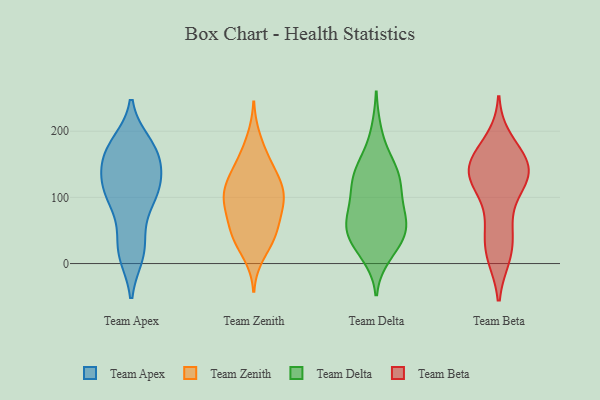
{"axis": {"x": "Population (Million)", "y": "Value"}, "legend": ["Team Apex", "Team Beta", "Team Delta", "Team Zenith"], "data": [{"x": "", "y": 17, "type": "Team Apex"}, {"x": "", "y": 172, "type": "Team Apex"}, {"x": "", "y": 126, "type": "Team Apex"}, {"x": "", "y": 159, "type": "Team Apex"}, {"x": "", "y": 139, "type": "Team Apex"}, {"x": "", "y": 116, "type": "Team Apex"}, {"x": "", "y": 22, "type": "Team Apex"}, {"x": "", "y": 156, "type": "Team Apex"}, {"x": "", "y": 101, "type": "Team Apex"}, {"x": "", "y": 67, "type": "Team Apex"}, {"x": "", "y": 117, "type": "Team Apex"}, {"x": "", "y": 180, "type": "Team Apex"}, {"x": "", "y": 181, "type": "Team Apex"}, {"x": "", "y": 23, "type": "Team Apex"}, {"x": "", "y": 95, "type": "Team Apex"}, {"x": "", "y": 14, "type": "Team Apex"}, {"x": "", "y": 104, "type": "Team Apex"}, {"x": "", "y": 162, "type": "Team Apex"}, {"x": "", "y": 174, "type": "Team Apex"}, {"x": "", "y": 111, "type": "Team Apex"}, {"x": "", "y": 84, "type": "Team Zenith"}, {"x": "", "y": 88, "type": "Team Zenith"}, {"x": "", "y": 56, "type": "Team Zenith"}, {"x": "", "y": 84, "type": "Team Zenith"}, {"x": "", "y": 37, "type": "Team Zenith"}, {"x": "", "y": 36, "type": "Team Zenith"}, {"x": "", "y": 108, "type": "Team Zenith"}, {"x": "", "y": 13, "type": "Team Zenith"}, {"x": "", "y": 92, "type": "Team Zenith"}, {"x": "", "y": 140, "type": "Team Zenith"}, {"x": "", "y": 52, "type": "Team Zenith"}, {"x": "", "y": 119, "type": "Team Zenith"}, {"x": "", "y": 151, "type": "Team Zenith"}, {"x": "", "y": 43, "type": "Team Zenith"}, {"x": "", "y": 117, "type": "Team Zenith"}, {"x": "", "y": 125, "type": "Team Zenith"}, {"x": "", "y": 189, "type": "Team Zenith"}, {"x": "", "y": 102, "type": "Team Zenith"}, {"x": "", "y": 161, "type": "Team Zenith"}, {"x": "", "y": 12, "type": "Team Delta"}, {"x": "", "y": 81, "type": "Team Delta"}, {"x": "", "y": 63, "type": "Team Delta"}, {"x": "", "y": 64, "type": "Team Delta"}, {"x": "", "y": 123, "type": "Team Delta"}, {"x": "", "y": 38, "type": "Team Delta"}, {"x": "", "y": 62, "type": "Team Delta"}, {"x": "", "y": 200, "type": "Team Delta"}, {"x": "", "y": 115, "type": "Team Delta"}, {"x": "", "y": 134, "type": "Team Delta"}, {"x": "", "y": 154, "type": "Team Delta"}, {"x": "", "y": 18, "type": "Team Delta"}, {"x": "", "y": 35, "type": "Team Delta"}, {"x": "", "y": 66, "type": "Team Delta"}, {"x": "", "y": 153, "type": "Team Delta"}, {"x": "", "y": 103, "type": "Team Delta"}, {"x": "", "y": 53, "type": "Team Delta"}, {"x": "", "y": 138, "type": "Team Delta"}, {"x": "", "y": 110, "type": "Team Delta"}, {"x": "", "y": 40, "type": "Team Delta"}, {"x": "", "y": 46, "type": "Team Beta"}, {"x": "", "y": 132, "type": "Team Beta"}, {"x": "", "y": 76, "type": "Team Beta"}, {"x": "", "y": 124, "type": "Team Beta"}, {"x": "", "y": 12, "type": "Team Beta"}, {"x": "", "y": 123, "type": "Team Beta"}, {"x": "", "y": 137, "type": "Team Beta"}, {"x": "", "y": 147, "type": "Team Beta"}, {"x": "", "y": 12, "type": "Team Beta"}, {"x": "", "y": 152, "type": "Team Beta"}, {"x": "", "y": 121, "type": "Team Beta"}, {"x": "", "y": 185, "type": "Team Beta"}, {"x": "", "y": 140, "type": "Team Beta"}, {"x": "", "y": 17, "type": "Team Beta"}, {"x": "", "y": 167, "type": "Team Beta"}, {"x": "", "y": 168, "type": "Team Beta"}, {"x": "", "y": 138, "type": "Team Beta"}, {"x": "", "y": 52, "type": "Team Beta"}]}